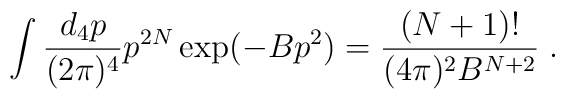
\int \frac{d_4 p}{( 2 \pi )^4} p^{2 N} \exp ( - B p^2 ) = \frac{( N + 1 )!}{( 4 \pi )^2 B^{N + 2}} \; .